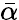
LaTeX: \bar{\alpha}